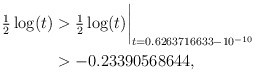
\begin{align*}\tfrac12\log(t) & > \tfrac12\log(t)\biggr\rvert_{t=0.6263716633 - 10^{-10}} \\& > -0.23390568644 , \end{align*}